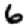
Digit: 6